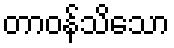
တာဝန်သိသော